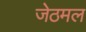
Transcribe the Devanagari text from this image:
जेठमल